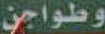
وطواجن